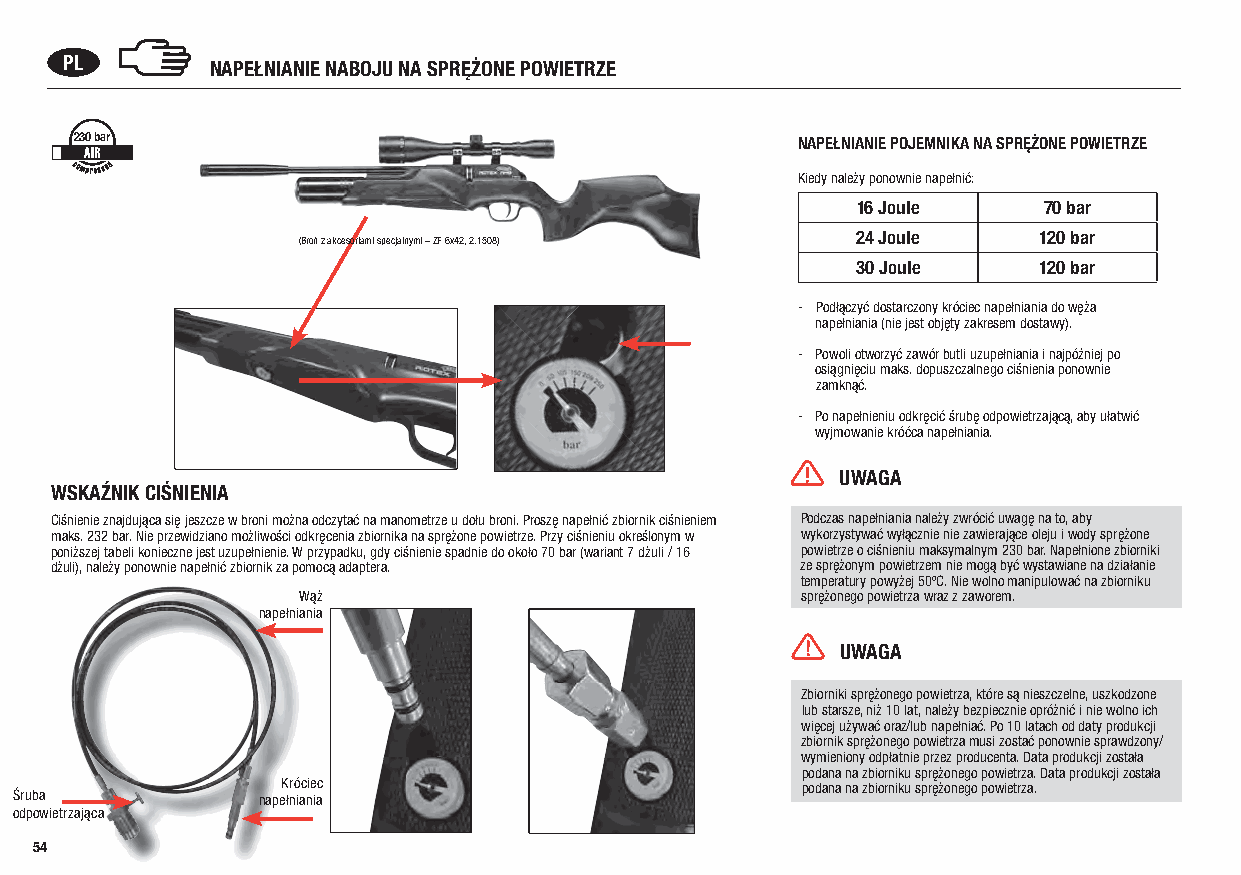
PL        NAPEŁNIANIE NABOJU NA SPRĘŻONE POWIETRZE
 230 bar                                         NAPEŁNIANIE POJEMNIKA NA SPRĘŻONE POWIETRZE
 Kiedy należy ponownie napełnić:
 16 Joule    70 bar
 24 Joule    120 bar
 (Broń z akcesoriami specjalnymi – ZF 6x42, 2.1508)
 30 Joule    120 bar
 - Podłączyć dostarczony króciec napełniania do węża
 napełniania (nie jest objęty zakresem dostawy).
 - Powoli otworzyć zawór butli uzupełniania i najpóźniej po
 osiągnięciu maks. dopuszczalnego ciśnienia ponownie
 zamknąć.
 - Po napełnieniu odkręcić śrubę odpowietrzającą, aby ułatwić
 wyjmowanie króćca napełniania.
 UWAGA
 WSKAŹNIK CIŚNIENIA
 Ciśnienie znajdująca się jeszcze w broni można odczytać na manometrze u dołu broni. Proszę napełnić zbiornik ciśnieniem Podczas napełniania należy zwrócić uwagę na to, aby
 maks. 232 bar. Nie przewidziano możliwości odkręcenia zbiornika na sprężone powietrze. Przy ciśnieniu określonym w wykorzystywać wyłącznie nie zawierające oleju i wody sprężone
 poniższej tabeli konieczne jest uzupełnienie. W przypadku, gdy ciśnienie spadnie do około 70 bar (wariant 7 dżuli / 16 powietrze o ciśnieniu maksymalnym 230 bar. Napełnione zbiorniki
 dżuli), należy ponownie napełnić zbiornik za pomocą adaptera. ze sprężonym powietrzem nie mogą być wystawiane na działanie
 temperatury powyżej 50ºC. Nie wolno manipulować na zbiorniku
 Wąż                              sprężonego powietrza wraz z zaworem.
 napełniania
 UWAGA
 Zbiorniki sprężonego powietrza, które są nieszczelne, uszkodzone
 lub starsze, niż 10 lat, należy bezpiecznie opróżnić i nie wolno ich
 więcej używać oraz/lub napełniać. Po 10 latach od daty produkcji
 zbiornik sprężonego powietrza musi zostać ponownie sprawdzony/
 wymieniony odpłatnie przez producenta. Data produkcji została
 podana na zbiorniku sprężonego powietrza. Data produkcji została
 Króciec                           podana na zbiorniku sprężonego powietrza.
 Śruba           napełniania
 odpowietrzająca
 54